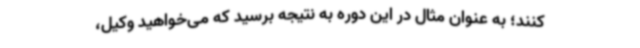
کنند؛ به عنوان مثال در این دوره به نتیجه برسید که می‌خواهید وکیل،